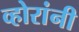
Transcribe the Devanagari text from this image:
व्होरांनी